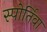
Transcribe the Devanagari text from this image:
स्पोर्तिवा